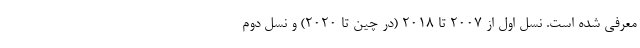
معرفی شده است. نسل اول از 2007 تا 2018 (در چین تا 2020) و نسل دوم